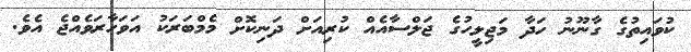
ކުވައިތުގެ ގާނޫނު ހަދާ މަޖިލީހުގެ ޖަލްސާއެއް ކުރިއަށް ދަނިކޮށް މެމްބަރަކު އަވަހާރަވެއްޖެ އެވެ.